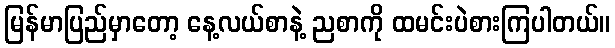
မြန်မာပြည်မှာတော့ နေ့လယ်စာနဲ့ ညစာကို ထမင်းပဲစားကြပါတယ်။